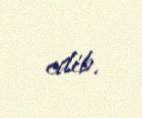
edib.